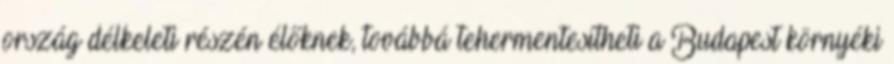
ország délkeleti részén élőknek, továbbá tehermentesítheti a Budapest környéki